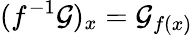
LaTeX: (f^{-1}{\mathcal{G}})_{x}={\mathcal{G}}_{f(x)}